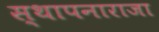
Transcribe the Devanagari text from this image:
स्थापनाराजा